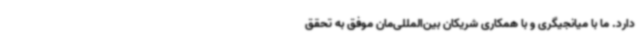
دارد. ما با میانجیگری و با همکاری شریکان بین‌المللی‌مان موفق به تحقق